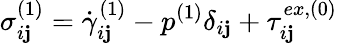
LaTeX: \sigma_{i\mathbf{j}}^{(1)}=\dot{{\gamma}}_{i\mathbf{j}}^{(1)}-p^{(1)}\delta_{i\mathbf{j}}+\tau_{i\mathbf{j}}^{ex,(0)}